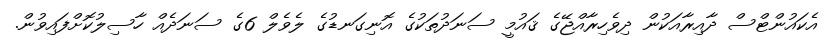
އެކައުންޓްސް ދާއިރާއަކުން ދިވެހިރާއްޖޭގެ ޤައުމީ ސަނަދުތަކުގެ އޮނިގަނޑުގެ ލެވެލް 6ގެ ސަނަދެއް ހާސިލުކޮށްފައިވުން.